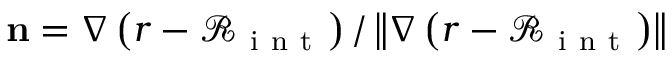
{ \bf n } = \nabla \left( r - \mathcal { R } _ { \mathrm { ~ i ~ n ~ t ~ } } \right) / \left\Vert \nabla \left( r - \mathcal { R } _ { \mathrm { ~ i ~ n ~ t ~ } } \right) \right\Vert